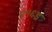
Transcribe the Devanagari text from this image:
४९६ड